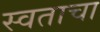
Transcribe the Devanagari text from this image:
स्वताचा